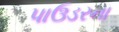
પાઉડરના